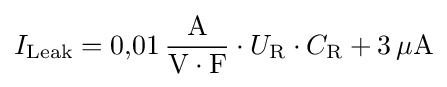
I_{\mathrm {Leak} }=0{,}01\,\mathrm {{A} \over {V\cdot F}} \cdot U_{\mathrm {R} }\cdot C_{\mathrm {R} }+3\,\mathrm {\mu A}